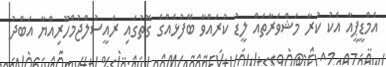
އެމްޑީޕީއާ އެކު ކުރާ މަޝްވަރާތައް ލީޑު ކުރައްވާ ބޭފުޅެއްގެ ގޮތުގައި ރައީސުލްޖުމްހޫރިއްޔާ އަބްދު